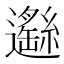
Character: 𨘺